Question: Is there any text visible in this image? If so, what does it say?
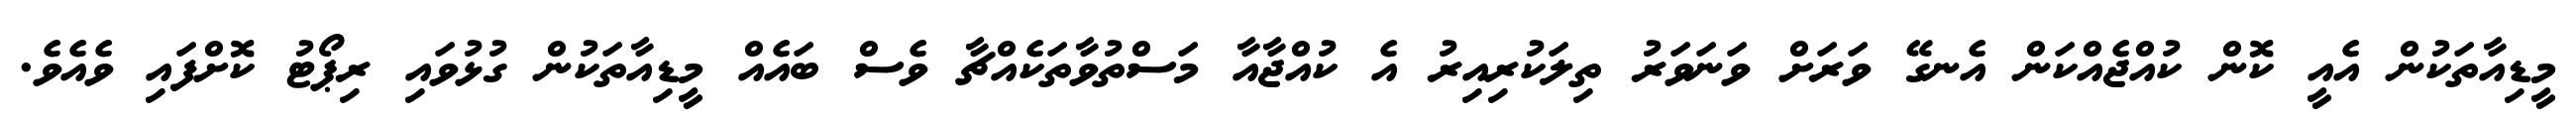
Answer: މީޑިއާތަކުން އެއީ ކޮން ކުއްޖެއްކަން އެނގޭ ވަރަށް ވަނަވަރު ތިލަކުރިއިރު އެ ކުއްޖާއާ މަސްތުވާތަކެއްޗާ ވެސް ބައެއް މީޑިއާތަކުން ގުޅުވައި ރިޕޯޓު ކޮށްފައި ވެއެވެ.